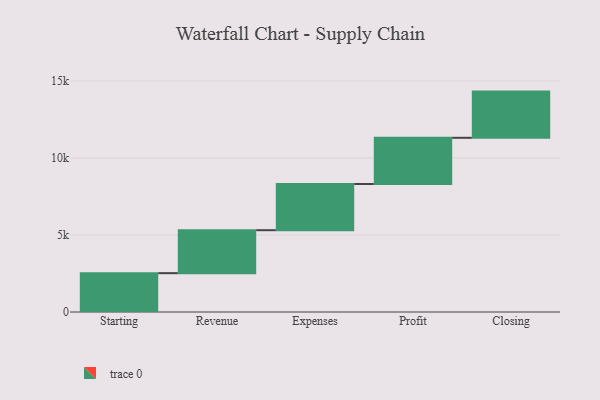
{"axis": {"x": "Step", "y": "Value"}, "legend": [""], "data": [{"x": "Starting", "y": 2522.0, "type": ""}, {"x": "Revenue", "y": 2790.0, "type": ""}, {"x": "Expenses", "y": 3000, "type": ""}, {"x": "Profit", "y": 3000, "type": ""}, {"x": "Closing", "y": 3000, "type": ""}]}